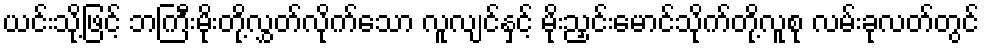
ယင်းသို့ဖြင့် ဘကြီးမိုးတို့လွှတ်လိုက်သော လူလျင်နှင့် မိုးညှင်းမောင်သိုက်တို့လူစု လမ်းခုလတ်တွင်